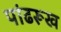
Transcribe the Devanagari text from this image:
पांढरूख